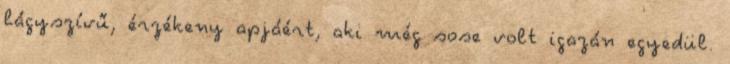
lágyszívű, érzékeny apjáért, aki még sose volt igazán egyedül.